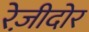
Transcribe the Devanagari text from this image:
रेज़ीदोर